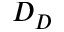
D _ { D }